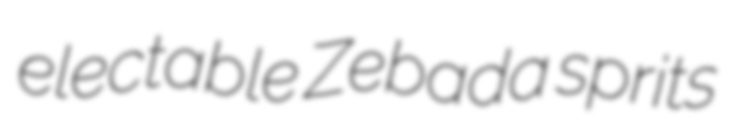
electable Zebada sprits